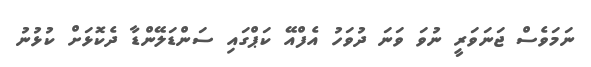
ނަމަވެސް ޖަނަވަރީ ނުވަ ވަނަ ދުވަހު އެފްއޭ ކަޕްގައި ސަންޑަލޭންޑާ ދެކޮޅަށް ކުޅުނު